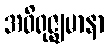
အဝိရုဇ္ဈမာနာ